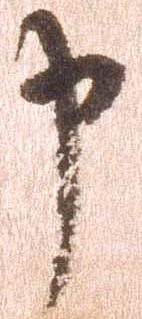
申